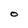
Character: O